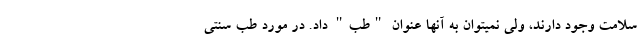
سلامت وجود دارند، ولی نمیتوان به آنها عنوان "طب" داد. در مورد طب سنتی